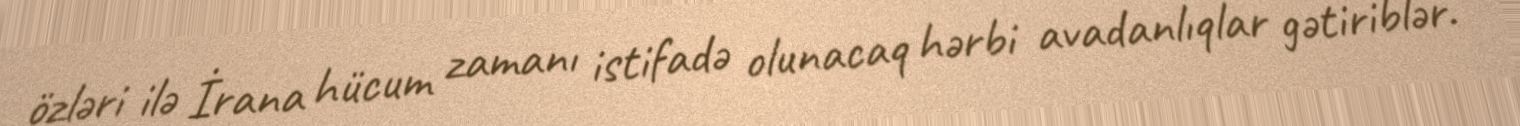
özləri ilə İrana hücum zamanı istifadə olunacaq hərbi avadanlıqlar gətiriblər.